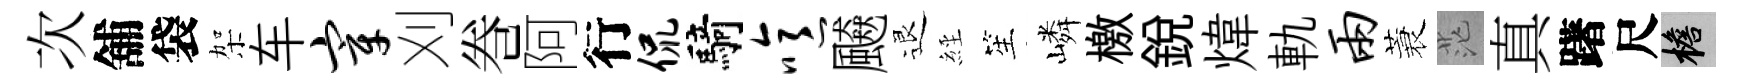
次舖袋架车宰刈巻阿行侃騎噫飇退𦀇笙嶙檄銳煒軌两蓑茫真躇尺檐